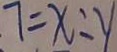
7 = x : y